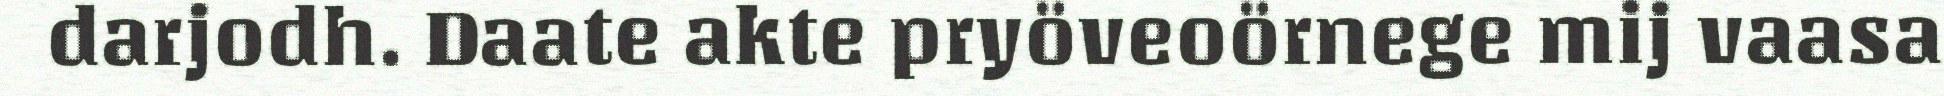
darjodh. Daate akte pryöveoörnege mij vaasa